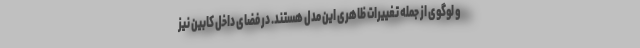
و لوگوی از جمله تغییرات ظاهری این مدل هستند. در فضای داخل کابین نیز